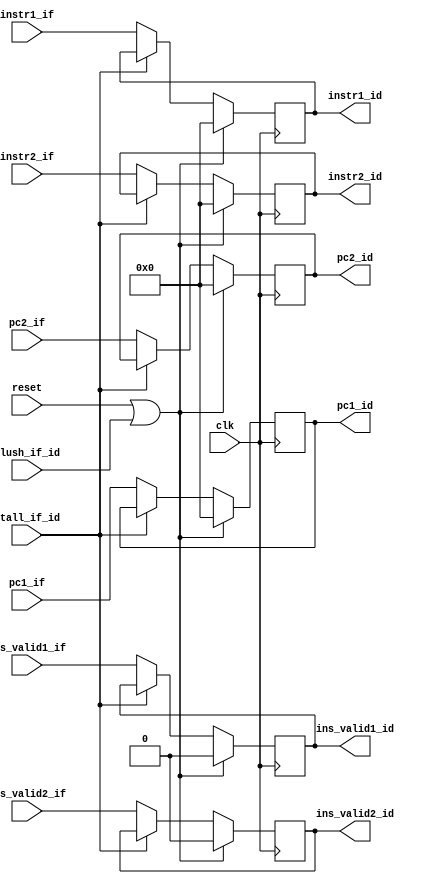
module latch_if_id (
    input clk,
    input reset,
    input stall_if_id,
    input flush_if_id,

    input [31:0] instr1_if,
    input [31:0] pc1_if,
    input ins_valid1_if,
    input [31:0] instr2_if,
    input [31:0] pc2_if,
    input ins_valid2_if,
    
    output reg [31:0] instr1_id,
    output reg [31:0] pc1_id,
    output reg ins_valid1_id,
    output reg [31:0] instr2_id,
    output reg [31:0] pc2_id,
    output reg ins_valid2_id
);

always @(posedge clk) begin
    if (reset | flush_if_id) begin
        instr1_id <= 32'b0;
        pc1_id <= 32'b0;
        ins_valid1_id <= 1'b0;
        instr2_id <= 32'b0;
        pc2_id <= 32'b0;
        ins_valid2_id <= 1'b0;
    end else if (stall_if_id) begin
        instr1_id <= instr1_id;
        pc1_id <= pc1_id;
        ins_valid1_id <= ins_valid1_id;
        instr2_id <= instr2_id;
        pc2_id <= pc2_id;
        ins_valid2_id <= ins_valid2_id;
    end else begin
        instr1_id <= instr1_if;
        pc1_id <= pc1_if;
        ins_valid1_id <= ins_valid1_if;
        instr2_id <= instr2_if;
        pc2_id <= pc2_if;
        ins_valid2_id <= ins_valid2_if;
    end
end
    
endmodule